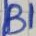
Text: B1